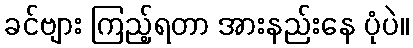
ခင်ဗျား ကြည့်ရတာ အားနည်းနေ ပုံပဲ။